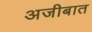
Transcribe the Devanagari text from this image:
अजीबात